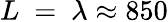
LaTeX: L~=~\lambda\approx 850